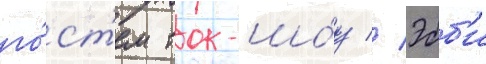
го́ст'ем ток-шо́у // Эбб'и